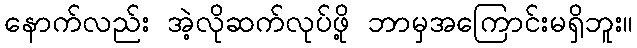
နောက်လည်း အဲ့လိုဆက်လုပ်ဖို့ ဘာမှအကြောင်းမရှိဘူး။